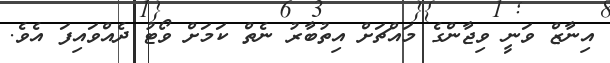
އިނާޒް ވަނީ ވިޖާންގެ މައްޗަށް އިތުބާރު ނެތް ކަމަށް ވޯޓު ދެއްވައިފަ އެވެ.